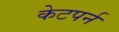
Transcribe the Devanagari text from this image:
केटपर्न